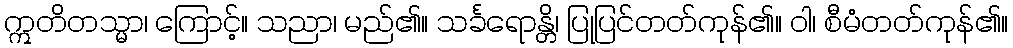
ဣတိတသ္မာ၊ ကြောင့်။ သညာ၊ မည်၏။ သင်္ခရောန္တိ၊ ပြုပြင်တတ်ကုန်၏။ ဝါ၊ စီမံတတ်ကုန်၏။